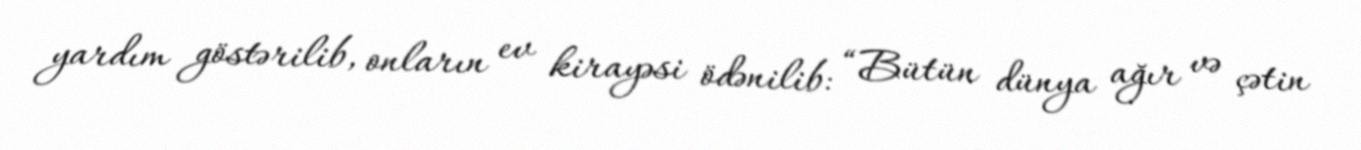
yardım göstərilib, onların ev kirayəsi ödənilib: “Bütün dünya ağır və çətin